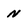
Character: N